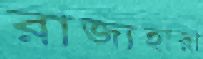
রাজ্যহারা